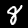
Label: 8